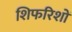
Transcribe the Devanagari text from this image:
शिफरिशों